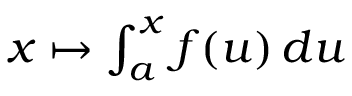
\textstyle x \mapsto \int _ { a } ^ { x } f ( u ) \, d u